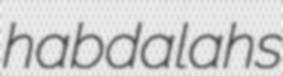
habdalahs